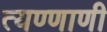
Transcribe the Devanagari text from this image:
त्यण्णाणी